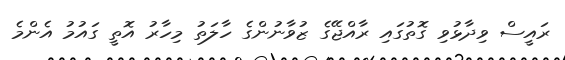
ރައީސް ވިދާޅުވި ގޮތުގައި ރާއްޖޭގެ ޒުވާނުންގެ ހާލަތު މިހާރު އޮތީ ގައުމު އެންމެ